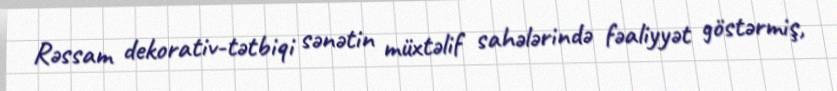
Rəssam dekorativ-tətbiqi sənətin müxtəlif sahələrində fəaliyyət göstərmiş,